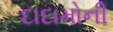
દાદામોની